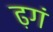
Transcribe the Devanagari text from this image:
ढ़गं